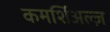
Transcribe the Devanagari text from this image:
कमर्शिअल्ज़